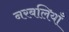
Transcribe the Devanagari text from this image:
नरबलियाँ